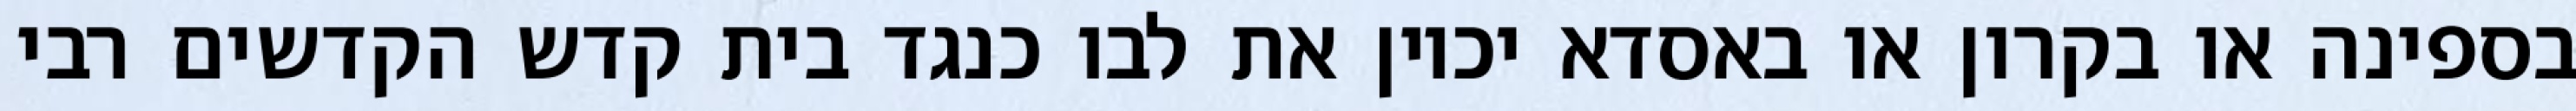
בספינה או בקרון או באסדא יכוין את לבו כנגד בית קדש הקדשים רבי